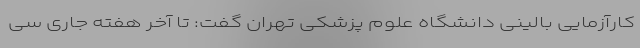
کارآزمایی بالینی دانشگاه علوم پزشکی تهران گفت: تا آخر هفته جاری سی